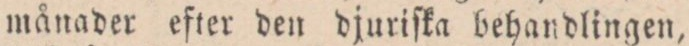
månader efter den djuriſka behandlingen,